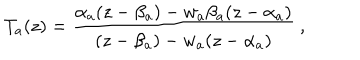
LaTeX: T _ { a } ( z ) = \frac { \alpha _ { a } ( z - \beta _ { a } ) - w _ { a } \beta _ { a } ( z - \alpha _ { a } ) } { ( z - \beta _ { a } ) - w _ { a } ( z - \alpha _ { a } ) } \ ,